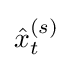
{\hat {x}}_{t}^{\left(s\right)}